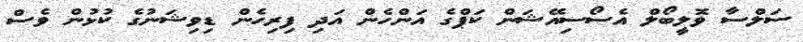
ސަލްސާ ވޮލީބޯލް އެސޯސިއޭޝަން ކަޕްގެ އަންހެން އަދި ފިރިހެން ޑިވިޝަނުގެ ކުޅުން ވެސް